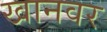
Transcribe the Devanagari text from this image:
खानवर